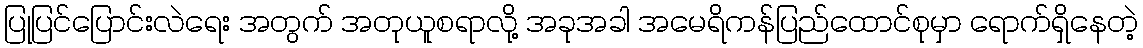
ပြုပြင်ပြောင်းလဲရေး အတွက် အတုယူစရာလို့ အခုအခါ အမေရိကန်ပြည်ထောင်စုမှာ ရောက်ရှိနေတဲ့